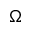
\Omega